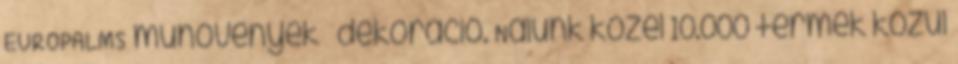
EUROPALMS műnövények – dekoráció. Nálunk közel 10.000 termék közül